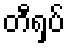
တီရှပ်